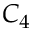
C _ { 4 }